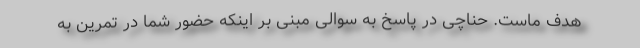
هدف ماست. حناچی در پاسخ به سوالی مبنی بر اینکه حضور شما در تمرین به